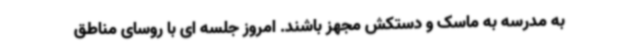
به مدرسه به ماسک و دستکش مجهز باشند. امروز جلسه ای با روسای مناطق